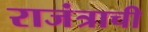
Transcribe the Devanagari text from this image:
राजंत्राची